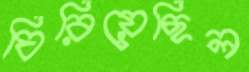
ঘিরিয়েছিল